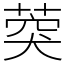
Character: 葖